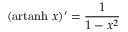
( \operatorname { a r t a n h } \, x ) ^ { \prime } = { \frac { 1 } { 1 - x ^ { 2 } } }